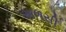
અળસી